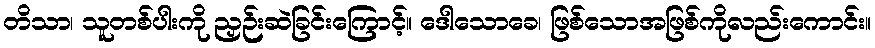
တိသာ၊ သူတစ်ပါးကို ညှဉ်းဆဲခြင်းကြောင့်။ ဒေါသောခေ၊ ဖြစ်သောအဖြစ်ကိုလည်းကောင်း။